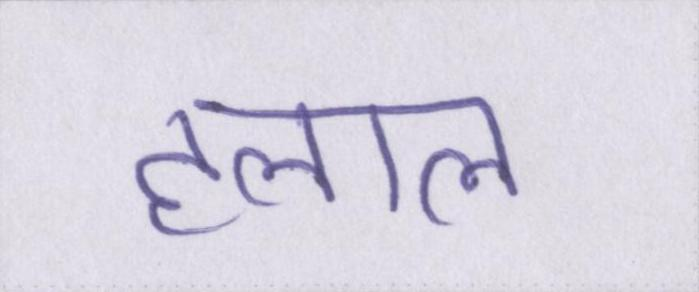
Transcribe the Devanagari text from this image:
हलाल